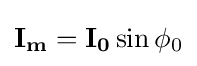
\mathbf {I_{m}} =\mathbf {I_{0}} \sin \phi _{0}